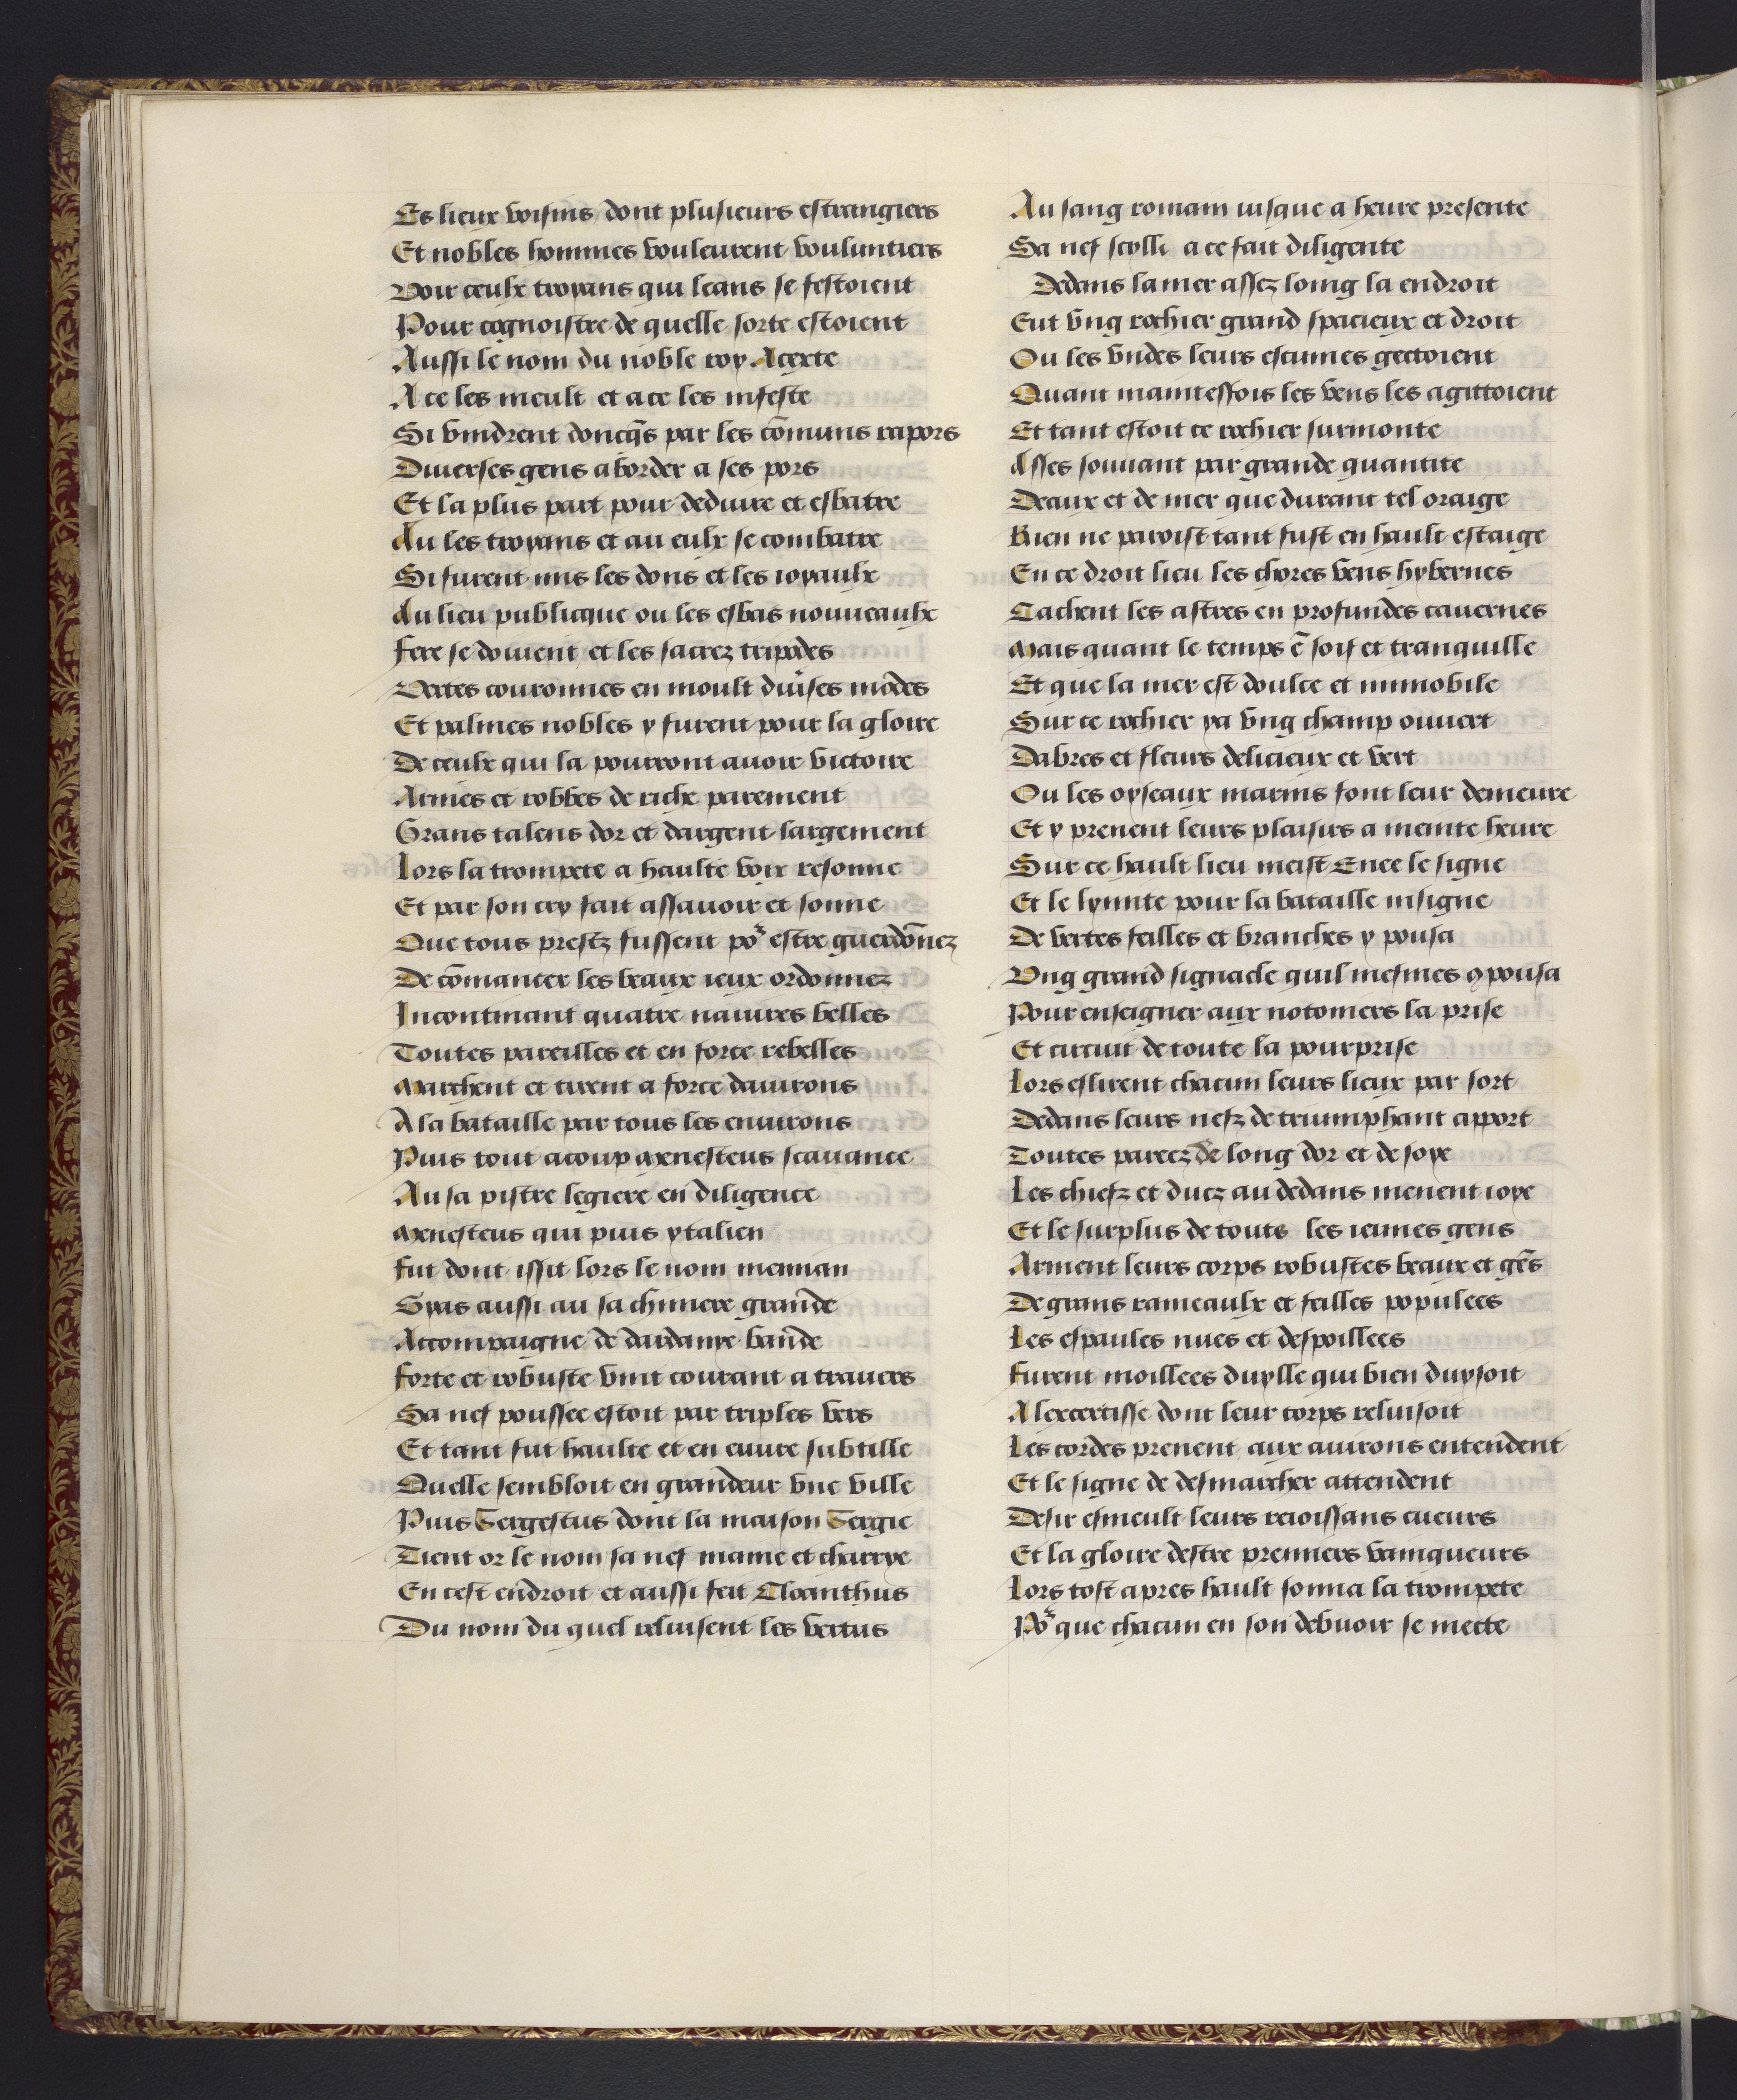
Shelfmark: Philadelphia, University of Pennsylvania, codex 909
Century: 15